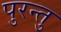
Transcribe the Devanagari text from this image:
पुरन्तु